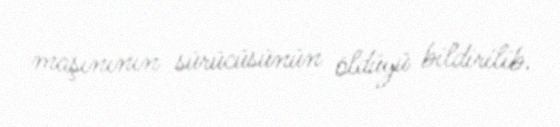
maşınının sürücüsünün öldüyü bildirilib.